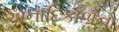
અનાદિકાળના